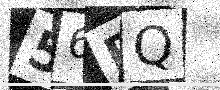
Text: 56RQ